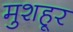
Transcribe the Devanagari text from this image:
मुशहूर